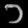
Digit: ၁